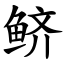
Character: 鲚